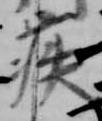
疾